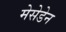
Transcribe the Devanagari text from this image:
मेसेडेन